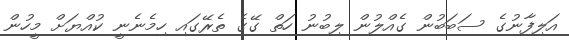
އަލިފާނުގެ ސަބަބުން ގެއްލުން ލިބުނު ހަތް ގޭގެ ތެރޭގައި ހިމެނެނީ ކުއްޔަށް މީހުން